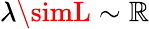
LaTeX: \lambda\simL\sim\mathbb{R}